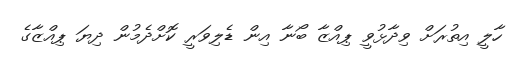
ހާލީ އިތުރަށް ވިދާޅުވީ ޕިއްޒާ ބޯނާ އިން ޑެލިވަރީ ކޮށްދެމުން ދިޔަ ޕިއްޒާގެ